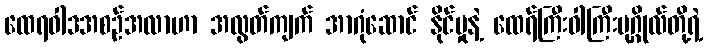
ထေရဝါဒအစဉ်အလာဟာ အလွတ်ကျက် အာဂုံဆောင် နိုင်မှုနဲ့ ထေရ်ကြီးဝါကြီးပုဂ္ဂိုလ်တို့ရဲ့